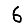
Digit: 6